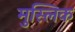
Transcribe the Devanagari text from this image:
मुस्लिक